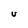
Character: u